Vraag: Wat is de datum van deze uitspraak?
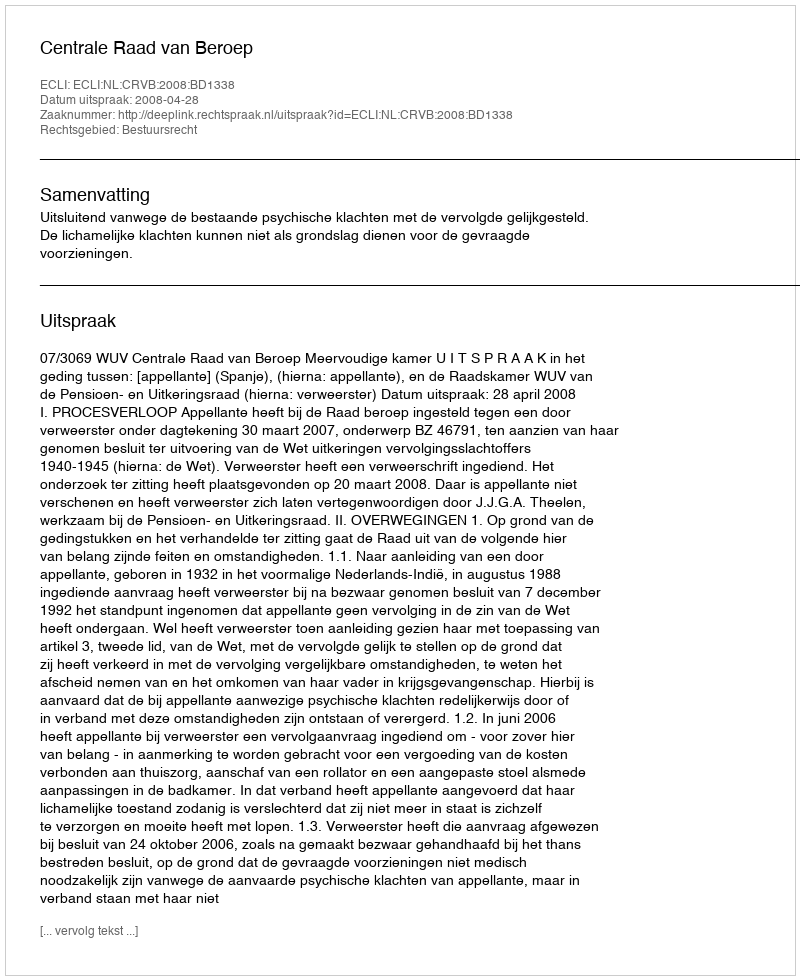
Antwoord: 2008-04-28